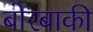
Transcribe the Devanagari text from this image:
बोरबाकी